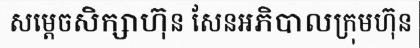
សម្តេចសិក្សាហ៊ុន សែនអភិបាលក្រុមហ៊ុន